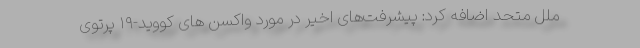
ملل متحد اضافه کرد: پیشرفت‌های اخیر در مورد واکسن های کووید-۱۹ پرتوی